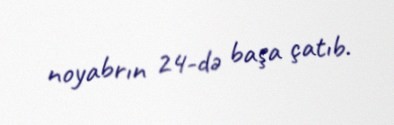
noyabrın 24-də başa çatıb.